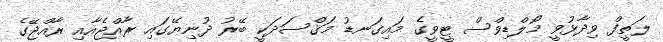
ލަތީފް ވިދާޅުވީ މޯލްޑިވްސް ޓީވީގެ މައިގަނޑު މަޤްސަދަކީ ބޭރު ދުނިޔޭގައި ރާއްޖެއާއި ރާއްޖޭގެ